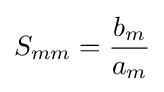
S_{mm}={\frac {b_{m}}{a_{m}}}